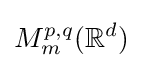
M_{m}^{p,q}(\mathbb {R} ^{d})